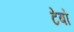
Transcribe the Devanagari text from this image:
टेबों